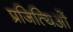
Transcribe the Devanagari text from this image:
प्रजित्यिओं